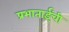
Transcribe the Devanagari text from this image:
प्रभाताईंची